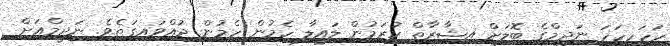
ހަހަހހަހަ ނަދީމްގެ ބޮލަށް އިޝާރާތް ކުރަމުން ލައިލާ ހެމުން ހެމުން ދުއްވައިގަތެވެ. ނަދީމްއަށް